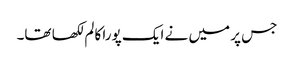
جس پر میں نے ایک پورا کالم لکھا تھا۔